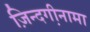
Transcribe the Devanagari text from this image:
ज़िन्दगी़नामा